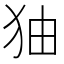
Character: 㹨